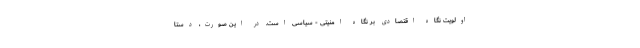
اولویت نگاه اقتصادی بر نگاه امنیتی - سیاسی است. در این صورت، دستا